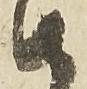
由